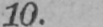
10.